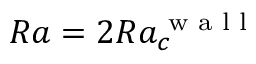
R a = 2 R a _ { c } ^ { \textrm { w a l l } }